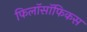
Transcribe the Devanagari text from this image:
फिलॉसॉफिकस